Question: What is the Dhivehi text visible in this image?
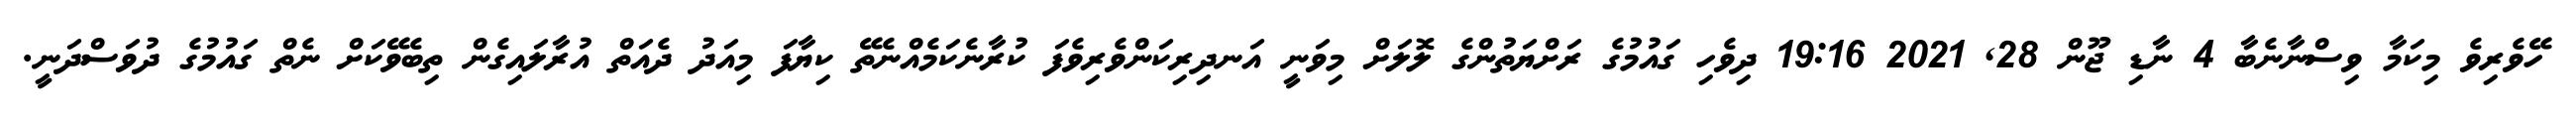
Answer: ހޭވެރިވެ މިކަމާ ވިސްނާނެބާ 4 ނާޑި ޖޫން 28, 2021 19:16 ދިވެހި ގައުމުގެ ރަށްޔަތުންގެ ލޮލަށް މިވަނީ އަނދިރިކަންވެރިވެފަ ކުރާނެކަމެއްނެތޭ ކިޔާފަ މިއަދު ދެއަތް އުރާލައިގެން ތިބެވޭކަށް ނެތް ގައުމުގެ ދުވަސްދަނީ.